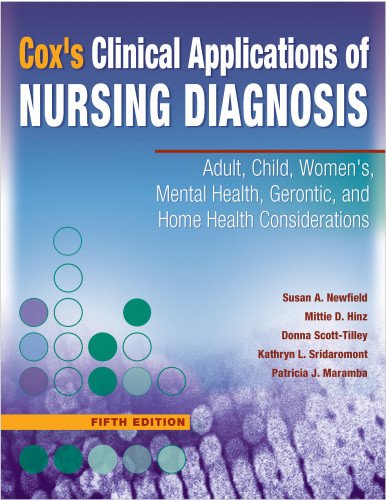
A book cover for Clinical Applications of Nursing Diagnosis: Adult, Child, Women's, Psychiatric, Gerontic, and Home Health Considerations; Helen C. Cox RN C  EdD  FAAN; Medical Books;